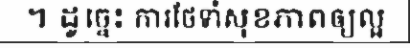
។ ដូច្នេះ ការថែទាំសុខភាពឲ្យល្អ